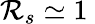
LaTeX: \mathcal{R}_{s}\simeq 1\